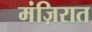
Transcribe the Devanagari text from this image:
मंज़िरात